Report on the working of the Ranchi Indian Mental Hospital, Kanke, in Bihar and Orissa - 1930-1940
Year: 1930
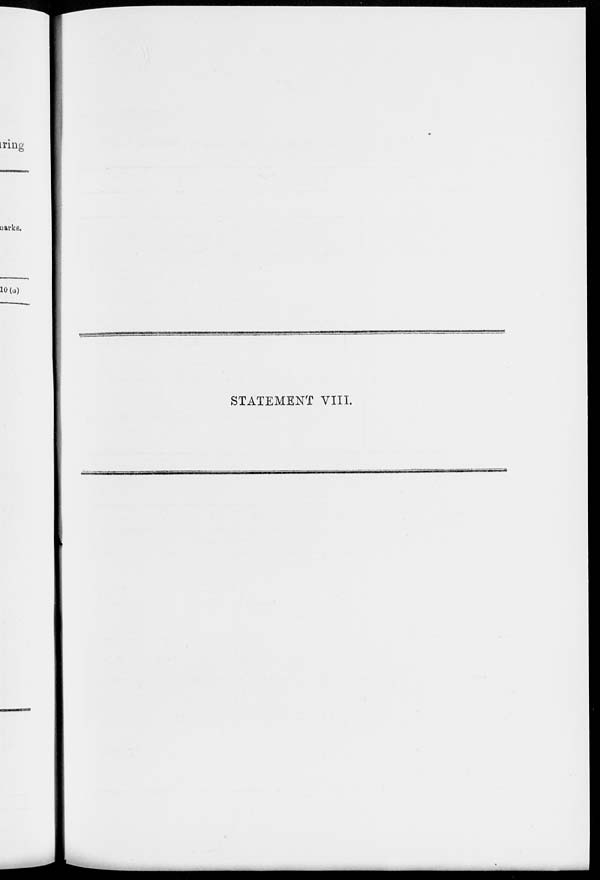
STATEMENT VIII.